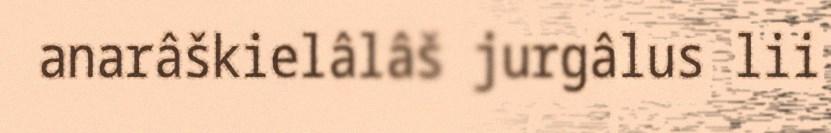
anarâškielâlâš jurgâlus lii